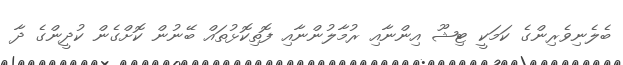
ބެލެނިވެރިންގެ ކަމަކީ ޓިޝޫ އިންނާއި ރުމާލުންނާއި ފޮތިކޮޅުތައް ބޭނުން ކޮށްގެން ކުދީންގެ ދާ